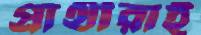
প্রার্থীরাই